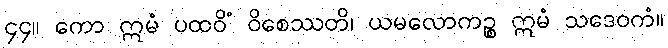
၄၄။ ကော ဣမံ ပထဝိံ ဝိစေဿတိ၊ ယမလောကဉ္စ ဣမံ သဒေဝကံ။